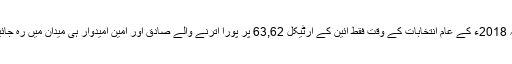
حتیٰ کہ 2018ء کے عام انتخابات کے وقت فقط آئین کے آرٹیکل 63,62 پر پورا اترنے والے صادق اور امین امیدوار ہی میدان میں رہ جائیں گے۔